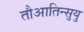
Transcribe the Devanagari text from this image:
तौआतिन्सुयु